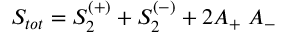
S _ { t o t } = S _ { 2 } ^ { ( + ) } + S _ { 2 } ^ { ( - ) } + 2 A _ { + } \; A _ { - }